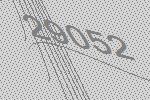
29052